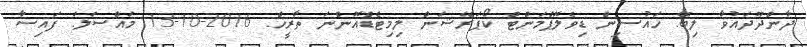
ދާންދޫދައުވާ ލިބޭ: ހައުސިން ޑިވެލޮޕްމަންޓް ކޯޕަރޭޝަން ލިމިޓެޑްއޮންނަ ތާރީޚް: 2016-10-13 މައްސަލަ: ފައިސާ